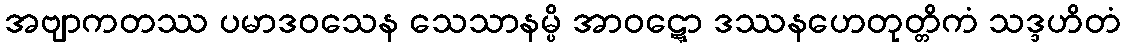
အဗျာကတဿ ပမာဒဝသေန သေသာနမ္ပိ အာဝဋ္ဋော ဒဿနဟေတုတ္တိကံ သဒ္ဒဟိတံ